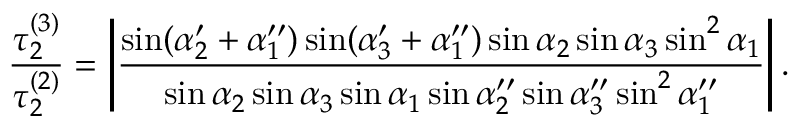
\frac { \tau _ { 2 } ^ { ( 3 ) } } { \tau _ { 2 } ^ { ( 2 ) } } = \left| \frac { \sin ( \alpha _ { 2 } ^ { \prime } + \alpha _ { 1 } ^ { \prime \prime } ) \sin ( \alpha _ { 3 } ^ { \prime } + \alpha _ { 1 } ^ { \prime \prime } ) \sin \alpha _ { 2 } \sin \alpha _ { 3 } \sin ^ { 2 } \alpha _ { 1 } } { \sin \alpha _ { 2 } \sin \alpha _ { 3 } \sin \alpha _ { 1 } \sin \alpha _ { 2 } ^ { \prime \prime } \sin \alpha _ { 3 } ^ { \prime \prime } \sin ^ { 2 } \alpha _ { 1 } ^ { \prime \prime } } \right| .